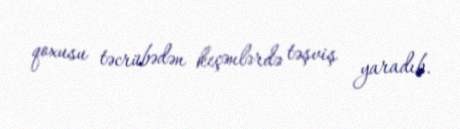
qoxusu təcrübədən keçənlərdə təşviş yaradıb.